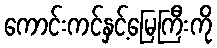
ကောင်းကင်နှင့်မြေကြီးကို